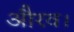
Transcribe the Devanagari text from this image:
औरव।